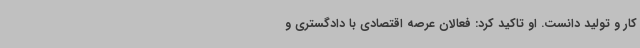
کار و تولید دانست. او تاکید کرد: فعالان عرصه اقتصادی با دادگستری و